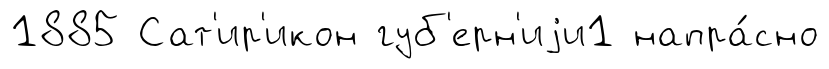
1885 Сат'ир'икон губ'ерн'иjи1 напра́сно